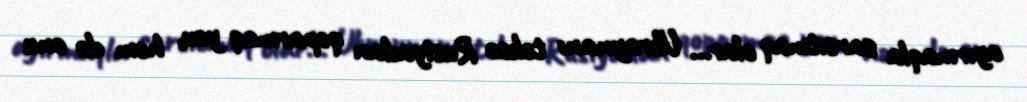
ayırmaqla sarsıtmaq olar... Ukraynanı təkcə Rusiyadan qoparmaq yox, həm də onu